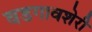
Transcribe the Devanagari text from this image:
वडगावशेरी